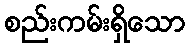
စည်းကမ်းရှိသော